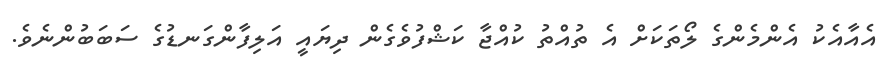
އެއާއެކު އެންމެންގެ ލޯތަކަށް އެ ތުއްތު ކުއްޖާ ކަޝްފުވެގެން ދިޔައީ އަލިފާންގަނޑުގެ ސަބަބުންނެވެ.